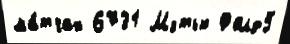
ма́тчах 6731 Мэтью Фолд5